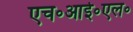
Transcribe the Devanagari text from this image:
एच॰आई॰एल॰